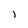
Character: l